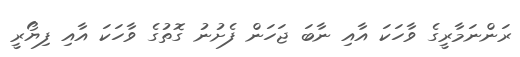
ރަންނަމާރީގެ ވާހަކަ އާއި ނާބަ ޖަހަން ފެށުނު ގޮތުގެ ވާހަކަ އާއި ފިޔޯރީ